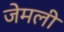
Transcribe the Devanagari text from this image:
जेमली